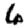
Digit: 6